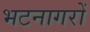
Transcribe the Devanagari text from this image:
भटनागरों